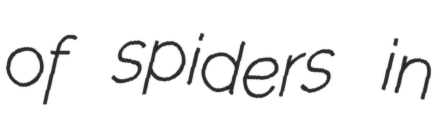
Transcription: of spiders in